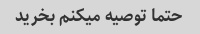
حتما توصیه میکنم بخرید